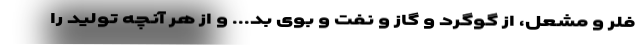
فلر و مشعل، از گوگرد و گاز و نفت و بوی بد... و از هر آنچه تولید را